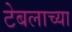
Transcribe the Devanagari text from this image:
टेबलाच्या